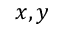
x , y